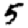
Digit: 5